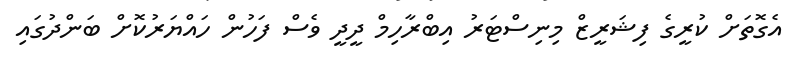
އެގޮތަށް ކުރީގެ ފިޝަރީޒް މިނިސްޓަރު އިބްރާހިމް ދީދީ ވެސް ފަހުން ހައްޔަރުކޮށް ބަންދުގައި